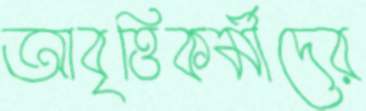
আবৃত্তিকর্মীদের